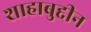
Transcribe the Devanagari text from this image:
शाहाबुद्दीन